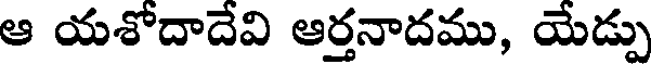
ఆ యశోదాదేవి ఆర్తనాదము, యేడ్పు